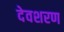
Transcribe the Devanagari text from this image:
देवशरण